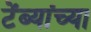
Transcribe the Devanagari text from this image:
टेंब्यांच्या